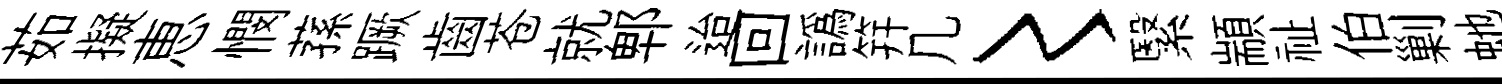
茹擬恵憫蓀蹶齒苍就郫迨回譌笄几〻繄顓祉伯剿虵